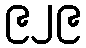
၉၂၉